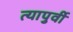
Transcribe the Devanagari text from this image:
त्यापुर्वी